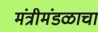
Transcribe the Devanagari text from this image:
मंत्रीमंडळाचा